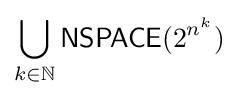
\bigcup _{k\in \mathbb {N} }{\mathsf {NSPACE}}(2^{n^{k}})